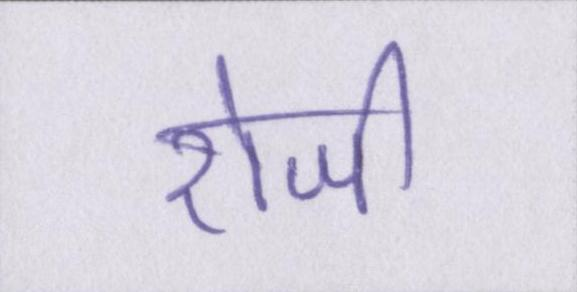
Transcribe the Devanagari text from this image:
रोजी